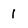
Character: 1